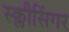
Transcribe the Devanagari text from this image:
स्क्लीसिंगर